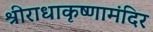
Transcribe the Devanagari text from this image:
श्रीराधाकृष्णामंदिर